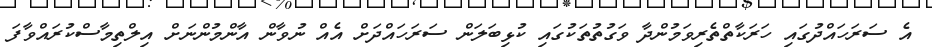
އެ ސަރަހައްދުގައި ހަރަކާތްތެރިވަމުންދާ ވަގުތުތަކުގައި ކުޅިބަލަން ސަރަހައްދަށް އެއް ނުވާން އާންމުންނަށް އިލްތިމާސްކުރައްވާފަ